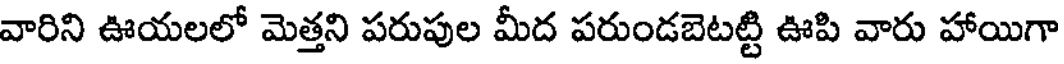
వారిని ఊయలలో మెత్తని పరుపుల మీద పరుండబెటట్టి ఊపి వారు హాయిగా